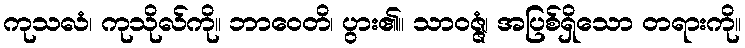
ကုသလံ၊ ကုသိုလ်ကို။ ဘာဝေတိ၊ ပွား၏။ သာဝဇ္ဇံ၊ အပြစ်ရှိသော တရားကို။